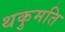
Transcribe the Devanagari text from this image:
थकुमति